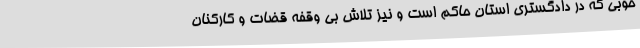
خوبی که در دادگستری استان حاکم است و نیز تلاش بی وقفه قضات و کارکنان